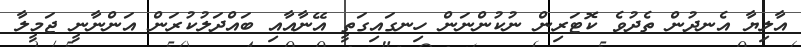
އާލިޔާ އެނދުން ތެދުވެ ކޮޓަރިން ނުކުންނަން ހިނގައިގަތީ އޭނާއާއި ބައްދަލުކުރަން އަންނާނީ ޖަމީލާ